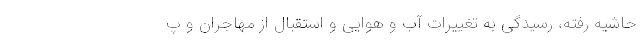
حاشیه رفته، رسیدگی به تغییرات آب و هوایی و استقبال از مهاجران و پ